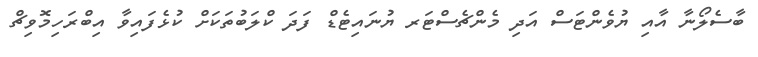
ބާސެލޯނާ އާއި ޔުވެންޓަސް އަދި މެންޗެސްޓަރ ޔުނައިޓެޑް ފަދަ ކްލަބުތަކަށް ކުޅެފައިވާ އިބްރަހިމޮވިޗް